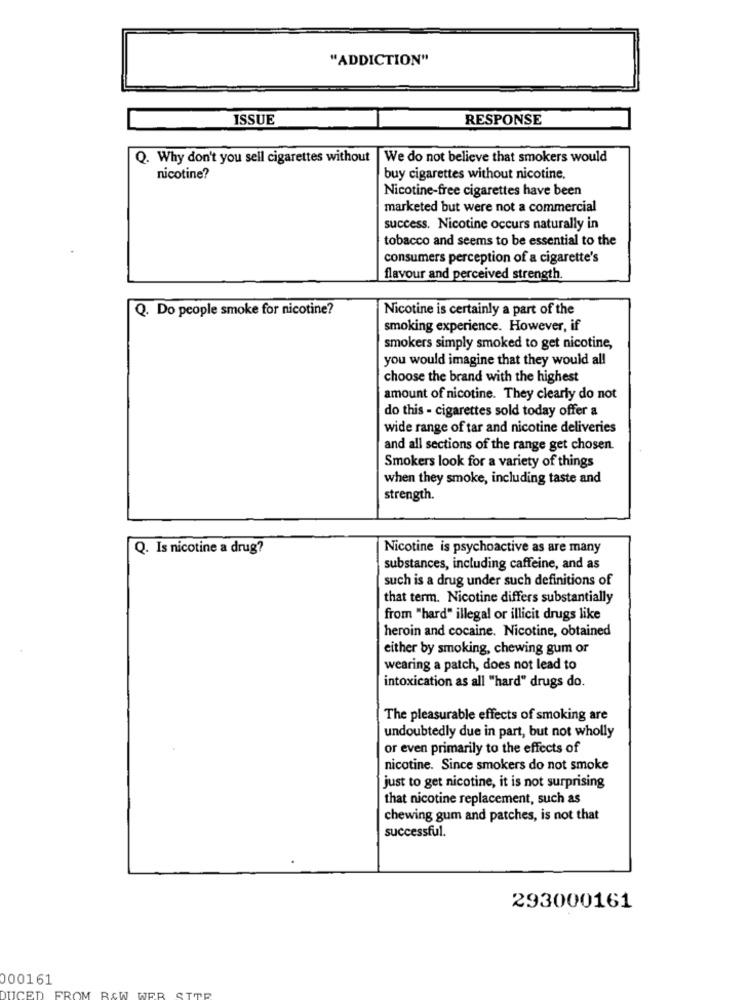
"ADDICTION"
ISSUE
RESPONSE
Q. Why don't you sell cigarettes without
We do not believe that smokers would
nicotine?
buy cigarettes without nicotine.
Nicotine-free cigarettes have been
marketed but were not a commercial
success. Nicotine occurs naturally in
tobacco and seems to be essential to the
consumers perception of a cigarette's
flavour and perceived strength.
Q. Do people smoke for nicotine?
Nicotine is certainly a part of the
smoking experience. However, if
smokers simply smoked to get nicotine,
you would imagine that they would all
choose the brand with the highest
amount of nicotine. They clearly do not
do this - cigarettes sold today offer a
wide range of tar and nicotine deliveries
and all sections of the range get chosen.
Smokers look for a variety of things
when they smoke, including taste and
strength.
Q. Is nicotine a drug?
Nicotine is psychoactive as are many
substances, including caffeine, and as
such is a drug under such definitions of
that term. Nicotine differs substantially
from "hard" illegal or illicit drugs like
heroin and cocaine. Nicotine, obtained
either by smoking, chewing gum or
wearing a patch, does not lead to
intoxication as all "hard" drugs do.
The pleasurable effects of smoking are
undoubtedly due in part, but not wholly
or even primarily to the effects of
nicotine. Since smokers do not smoke
just to get nicotine, it is not surprising
that nicotine replacement, such as
chewing gum and patches, is not that
successful.
293000161
000161
FROM ROW
DUCED